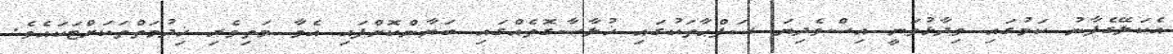
އެކަލޭގެފާނު ކަމުގައި ވިދާޅުވަނީ އިސްވެދިޔަ ސަފްޙާތަކުގައި ޚުލާޞާގޮތެއްގައި ބަޔާންކޮށްފައި އެވާ މަތިވެރި ޚިދުމަތްތަކަށްޓަކައެވެ.